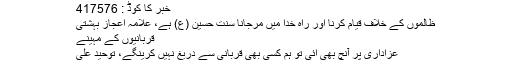
خبر کا کوڈ : 417576
ظالموں کے خلاف قیام کرنا اور راہ خدا میں مرجانا سنت حسین (ع) ہے، علامہ اعجاز بہشتی
قربانیوں کے مہینے
عزاداری پر آنچ بھی آئی تو ہم کسی بھی قربانی سے دریغ نہیں کرینگے، توحید علی